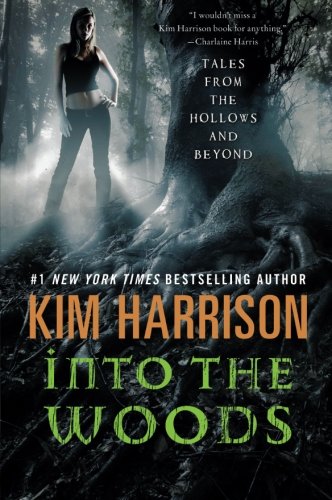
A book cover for Into the Woods: Tales from the Hollows and Beyond (A Hollows Novella); Kim Harrison; Science Fiction & Fantasy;